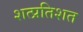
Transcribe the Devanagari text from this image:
शत्प्रतिशत